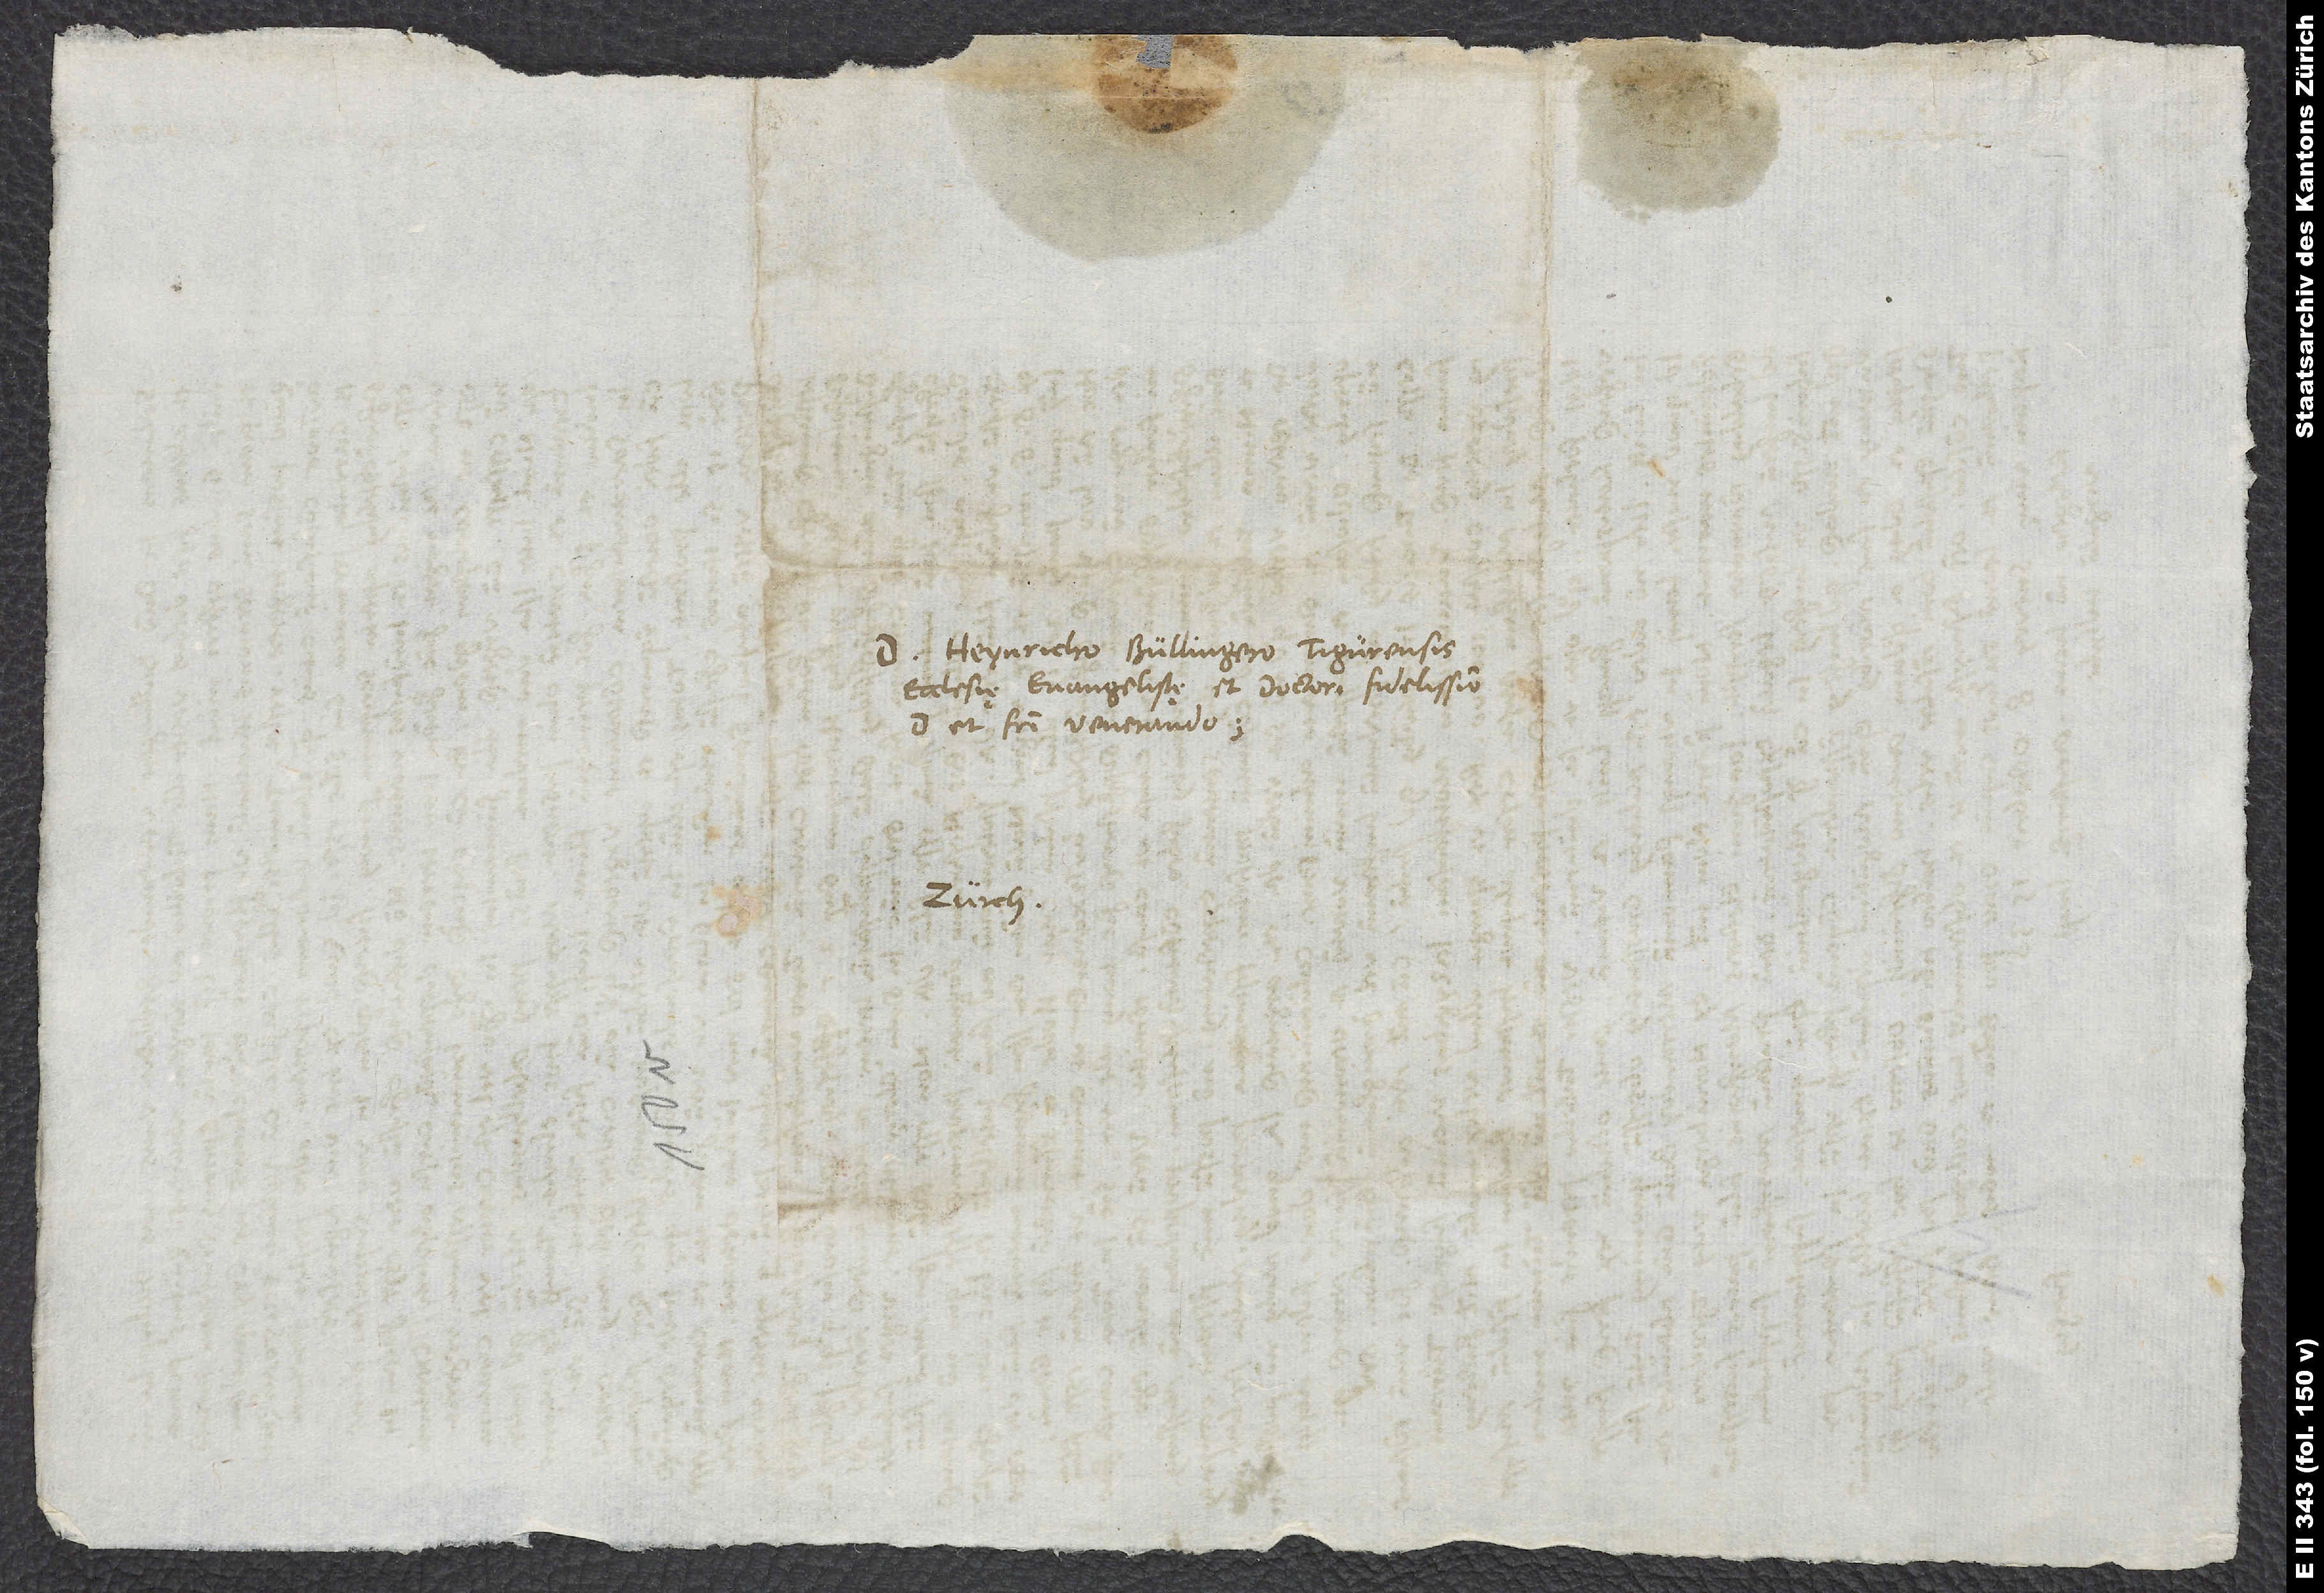
Domino Heynricho Bullingero, Tigurensis
ecclesię evangelistę et doctori fidelissimo,
domino et fratri venerando.
Zürch.